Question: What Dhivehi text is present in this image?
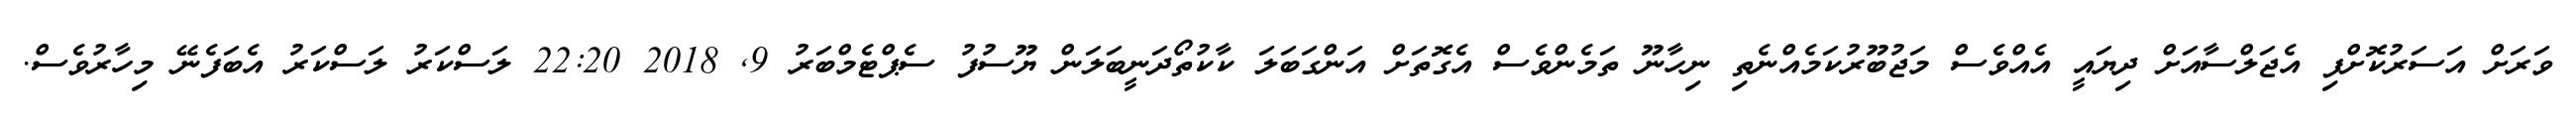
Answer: ވަރަށް އަސަރުކޮށްފި އެޖަލްސާއަށް ދިޔައީ އެއްވެސް މަޖުބޫރުކަމެއްނެތި ނިހާނޫ ތަމެންވެސް އެގޮތަށް އަންގަބަލަ ކާކުތޯދަނީބަލަން ޔޫސުފު ސެޕްޓެމްބަރު 9, 2018 22:20 ލަސްކަރު ލަސްކަރު އެބަފެނޭ މިހާރުވެސް.